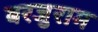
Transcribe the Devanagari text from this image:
बरजुराम